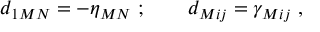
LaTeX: d _ { 1 M N } = - \eta _ { M N } \ ; \qquad d _ { M i j } = \gamma _ { M i j } \ ,